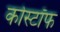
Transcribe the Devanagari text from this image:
कोस्टॉफ